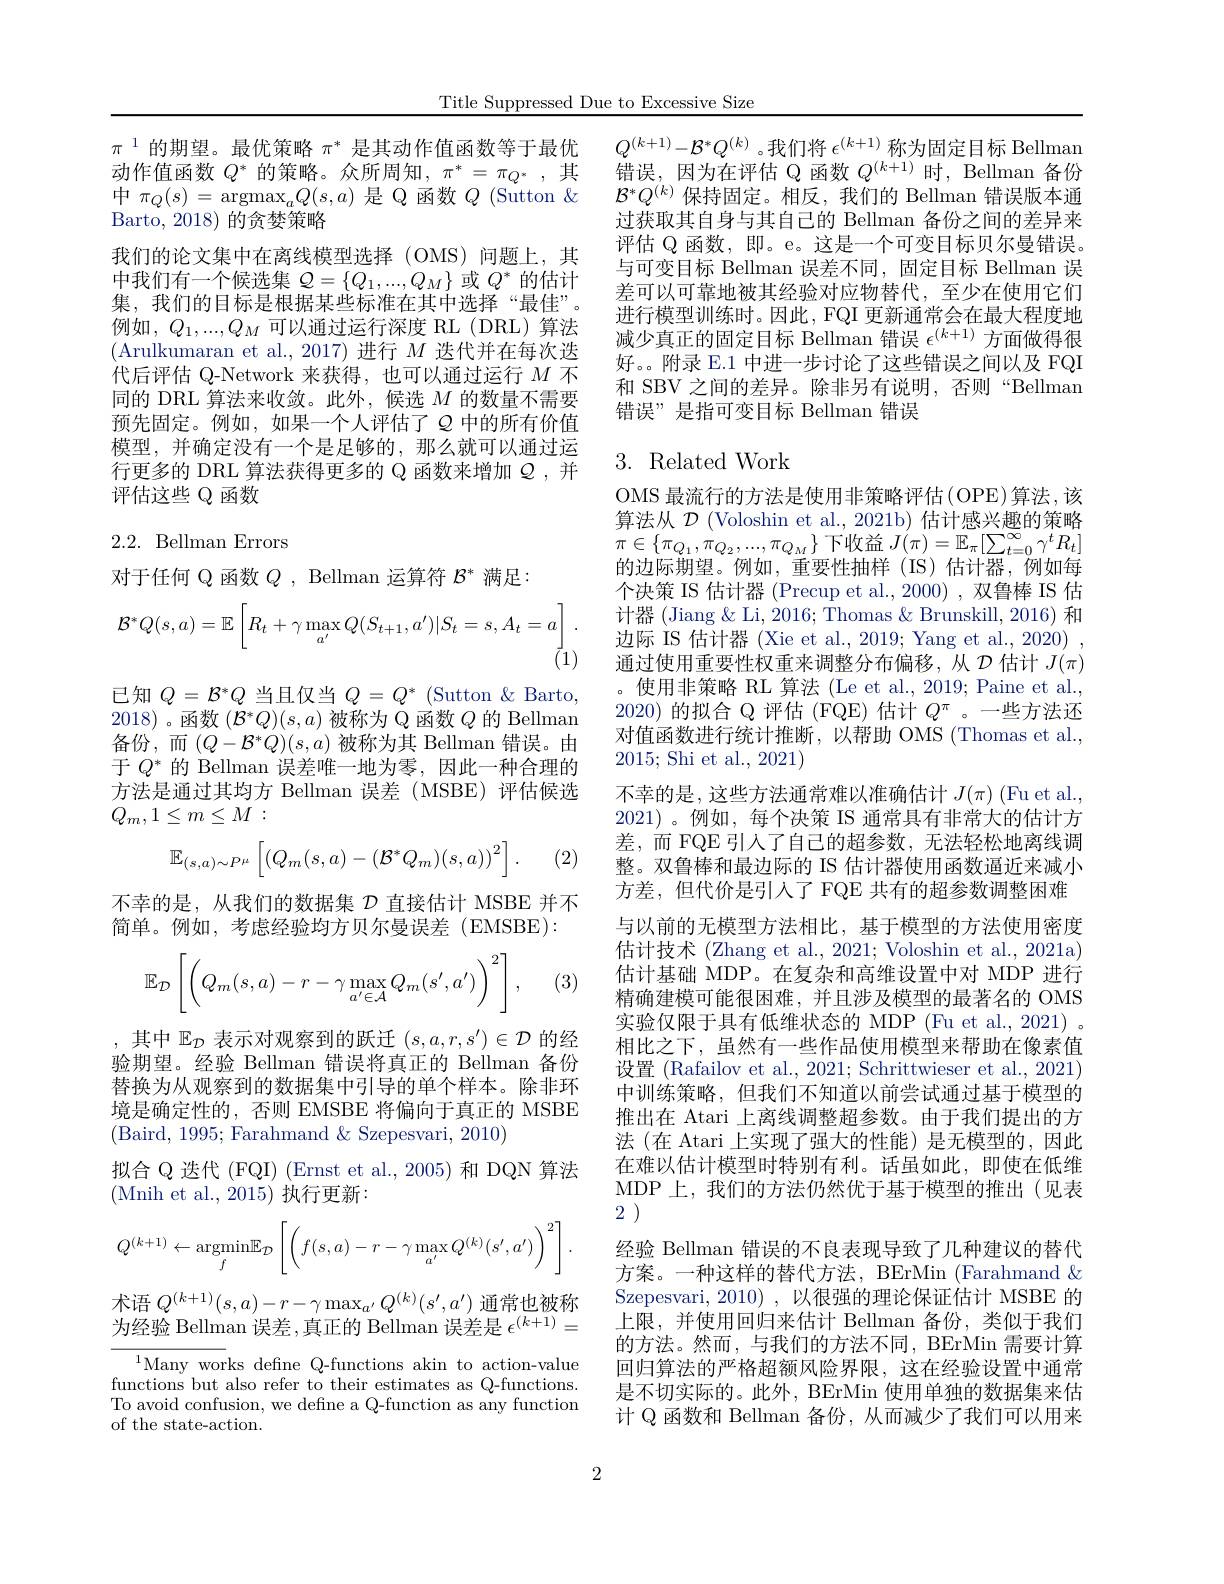
Title Suppressed Due to Excessive Size

$\pi^{1}$的期望。最优策略$\pi^*$是其动作值函数等于最优动作值函数$Q^*$的策略。众所周知，$\pi^*=\pi_{Q^*}$,其中$\pi_Q(s)=\operatorname{argmax}_aQ(s,a)$是 Q 函数$Q$ (Sutton $\&$ Barto, 2018) 的贪婪策略
我们的论文集中在离线模型选择(OMS)问题上，其中我们有一个候选集$Q=\{Q_1,...,Q_M\}$或$Q^*$的估计集，我们的目标是根据某些标准在其中选择“最佳”。例如$,Q_1,...,Q_M$可以通过运行深度 RL(DRL)算法(Arulkumaran et al., 2017)进行$M$迭代并在每次迭代后评估 Q-Network 来获得，也可以通过运行$M$不同的 DRL 算法来收敛。此外，候选$M$的数量不需要预先固定。例如，如果一个人评估了$\varrho$ 中的所有价值模型，并确定没有一个是足够的，那么就可以通过运行更多的 DRL 算法获得更多的 Q 函数来增加$\mathcal{Q}$ ,并评估这些$\mathbb{Q}$函数

## 2.2.Bellman Errors

对于任何 Q 函数$Q$ , Bellman 运算符$\mathcal{B}^*$满足：
$$\mathcal{B}^*Q(s,a)=\mathbb{E}\left[R_t+\gamma\max_{a'}Q(S_{t+1},a')|S_t=s,A_t=a\right].$$
已知$Q=\mathcal{B}^*Q$当且仅当$Q=Q^*$ (Sutton $\&$ Barto, 2018)。函数$(\mathcal{B}^*Q)(s,a)$被称为 Q 函数 $Q$ 的 Bellman 备份，而$(Q-\mathcal{B}^*Q)(s,a)$被称为其 Bellman 错误。由于$Q^*$的 Bellman 误差唯一地为零，因此一种合理的方法是通过其均方 Bellman 误差(MSBE)评估候选$Q_{m},1\leq m\leq M:$

(2)
$$\mathbb{E}_{(s,a)\sim P^\mu}\left[\left(Q_m(s,a)-(\mathcal{B}^*Q_m)(s,a)\right)^2\right].$$
不幸的是，从我们的数据集$\mathcal{D}$直接估计 MSBE 并不
简单。例如，考虑经验均方贝尔曼误差(EMSBE):
$$\mathbb{E}_{\mathcal{D}}\left[\left(Q_m(s,a)-r-\gamma\max\limits_{a'\in\mathcal{A}}Q_m(s',a')\right)^2\right],$$
$^{'}3$

,其中$\mathbb{E}_\mathcal{D}$表示对观察到的跃迁$(s,a,r,s^\prime)\in\mathcal{D}$的经验期望。经验 Bellman 错误将真正的 Bellman 备份替换为从观察到的数据集中引导的单个样本。除非环境是确定性的，否则 EMSBE 将偏向于真正的 MSBE (Baird, 1995; Farahmand $\&$ Szepesvari, 2010)
拟合 Q 迭代 (FQI) (Ernst et al.,2005) 和 DQN 算法
(Mnih et al., 2015)执行更新：
$$Q^{(k+1)}\leftarrow\underset{f}{\text{argmin}}\mathbb{E}_{\mathcal{D}}\left[\left(f(s,a)-r-\gamma\max\limits_{a'}Q^{(k)}(s',a')\right)^2\right].$$
术语$Q^{(k+1)}(s,a)-r-\gamma\max_{a^{\prime}}Q^{(k)}(s^{\prime},a^{\prime})$通常也被称为经验 Bellman 误差，真正的 Bellman 误差是$\epsilon^(k+1)=$

$\begin{array}{c}{{^{1}\text{Many works define Q-functions akin to action-value}}}\\{{\mathrm{functions~but~also~refer~to~their~estimates~as~Q-functions.}}}\end{array}$ To avoid confusion, we define a Q-function as any function of the state-action.

$Q^{(k+1)}-\mathcal{B}^*Q^{(k)}$。我们将$\epsilon^(k+1)$称为固定目标 Bellman 错误，因为在评估 Q 函数$Q^(k+1)$时，Bellman 备份$\mathcal{B}^*Q^{(k)}$保持固定。相反，我们的 Bellman 错误版本通过获取其自身与其自己的 Bellman 备份之间的差异来评估 Q 函数，即。e。这是一个可变目标贝尔曼错误。与可变目标 Bellman 误差不同，固定目标 Bellman 误差可以可靠地被其经验对应物替代，至少在使用它们进行模型训练时。因此，FQI 更新通常会在最大程度地减少真正的固定目标 Bellman 错误$\epsilon^{(k+1)}$方面做得很好。。附录 E.1 中进一步讨论了这些错误之间以及 FQI 和 SBV 之间的差异。除非另有说明，否则“Bellman 错误”是指可变目标 Bellman 错误

## 3. Related Work

OMS 最流行的方法是使用非策略评估(OPE)算法，该算法从$\mathcal{D}$ (Voloshin et al., 2021b) 估计感兴趣的策略$\pi\in\{\pi_{Q_{1}},\dot{\pi}_{Q_{2}},...,\pi_{Q_{M}}\}$下收益$J(\pi)=\mathbb{E}_{\pi}[\sum_{t=0}^{\infty}\gamma^{t}R_{t}]$ 的边际期望。例如，重要性抽样(IS)估计器，例如每个决策 IS 估计器 (Precup et al.,2000) ,双鲁棒 IS 估计器 (Jiang & Li, 2016; Thomas & Brunskill, 2016) 和边际 IS 估计器 (Xie et al., 2019; Yang et al., 2020) , 通过使用重要性权重来调整分布偏移，从$\mathcal{D}$估计 $J(\pi)$ 。使用非策略 RL 算法 (Le et al., 2019; Paine et al., 2020)的拟合 Q 评估 (FQE) 估计$Q^\pi$。一些方法还对值函数进行统计推断，以帮助 OMS (Thomas et al., 2015; Shi et al., 2021)
不幸的是，这些方法通常难以准确估计$J(\pi)$ (Fu et al., 2021)。例如，每个决策 IS 通常具有非常大的估计方差，而 FQE 引入了自己的超参数，无法轻松地离线调整。双鲁棒和最边际的 IS 估计器使用函数逼近来减小方差，但代价是引人了 FQE 共有的超参数调整困难与以前的无模型方法相比，基于模型的方法使用密度估计技术 (Zhang et al., 2021; Voloshin et al., 2021a) 估计基础 MDP。在复杂和高维设置中对 MDP 进行精确建模可能很困难，并且涉及模型的最著名的 OMS 实验仅限于具有低维状态的 MDP (Fu et al., 2021) 。相比之下，虽然有一些作品使用模型来帮助在像素值设置 (Rafailov et al., 2021; Schrittwieser et al., 2021) 中训练策略，但我们不知道以前尝试通过基于模型的推出在 Atari 上离线调整超参数。由于我们提出的方法 (在 Atari 上实现了强大的性能)是无模型的，因此在难以估计模型时特别有利。话虽如此，即使在低维MDP 上，我们的方法仍然优于基于模型的推出(见表2 )
经验 Bellman 错误的不良表现导致了几种建议的替代方案。一种这样的替代方法，BErMin (Farahmand& Szepesvari, 2010) ,以很强的理论保证估计 MSBE 的上限，并使用回归来估计 Bellman 备份，类似于我们的方法。然而，与我们的方法不同，BErMin 需要计算回归算法的严格超额风险界限，这在经验设置中通常是不切实际的。此外，BErMin 使用单独的数据集来估计 Q 函数和 Bellman 备份，从而减少了我们可以用来

2